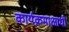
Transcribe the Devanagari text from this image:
कार्यक्रमाआधी